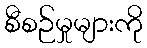
စီစဉ်မှုများကို